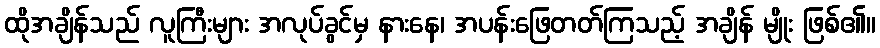
ထိုအချိန်သည် လူကြီးများ အလုပ်ခွင်မှ နားနေ၊ အပန်းဖြေတတ်ကြသည့် အချိန် မျိုး ဖြစ်၏။